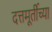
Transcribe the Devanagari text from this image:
दत्तमूर्तीच्या